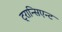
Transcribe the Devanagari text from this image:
ट्रान्सिएन्ट